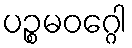
ပဉ္စမဝဂ္ဂေါ